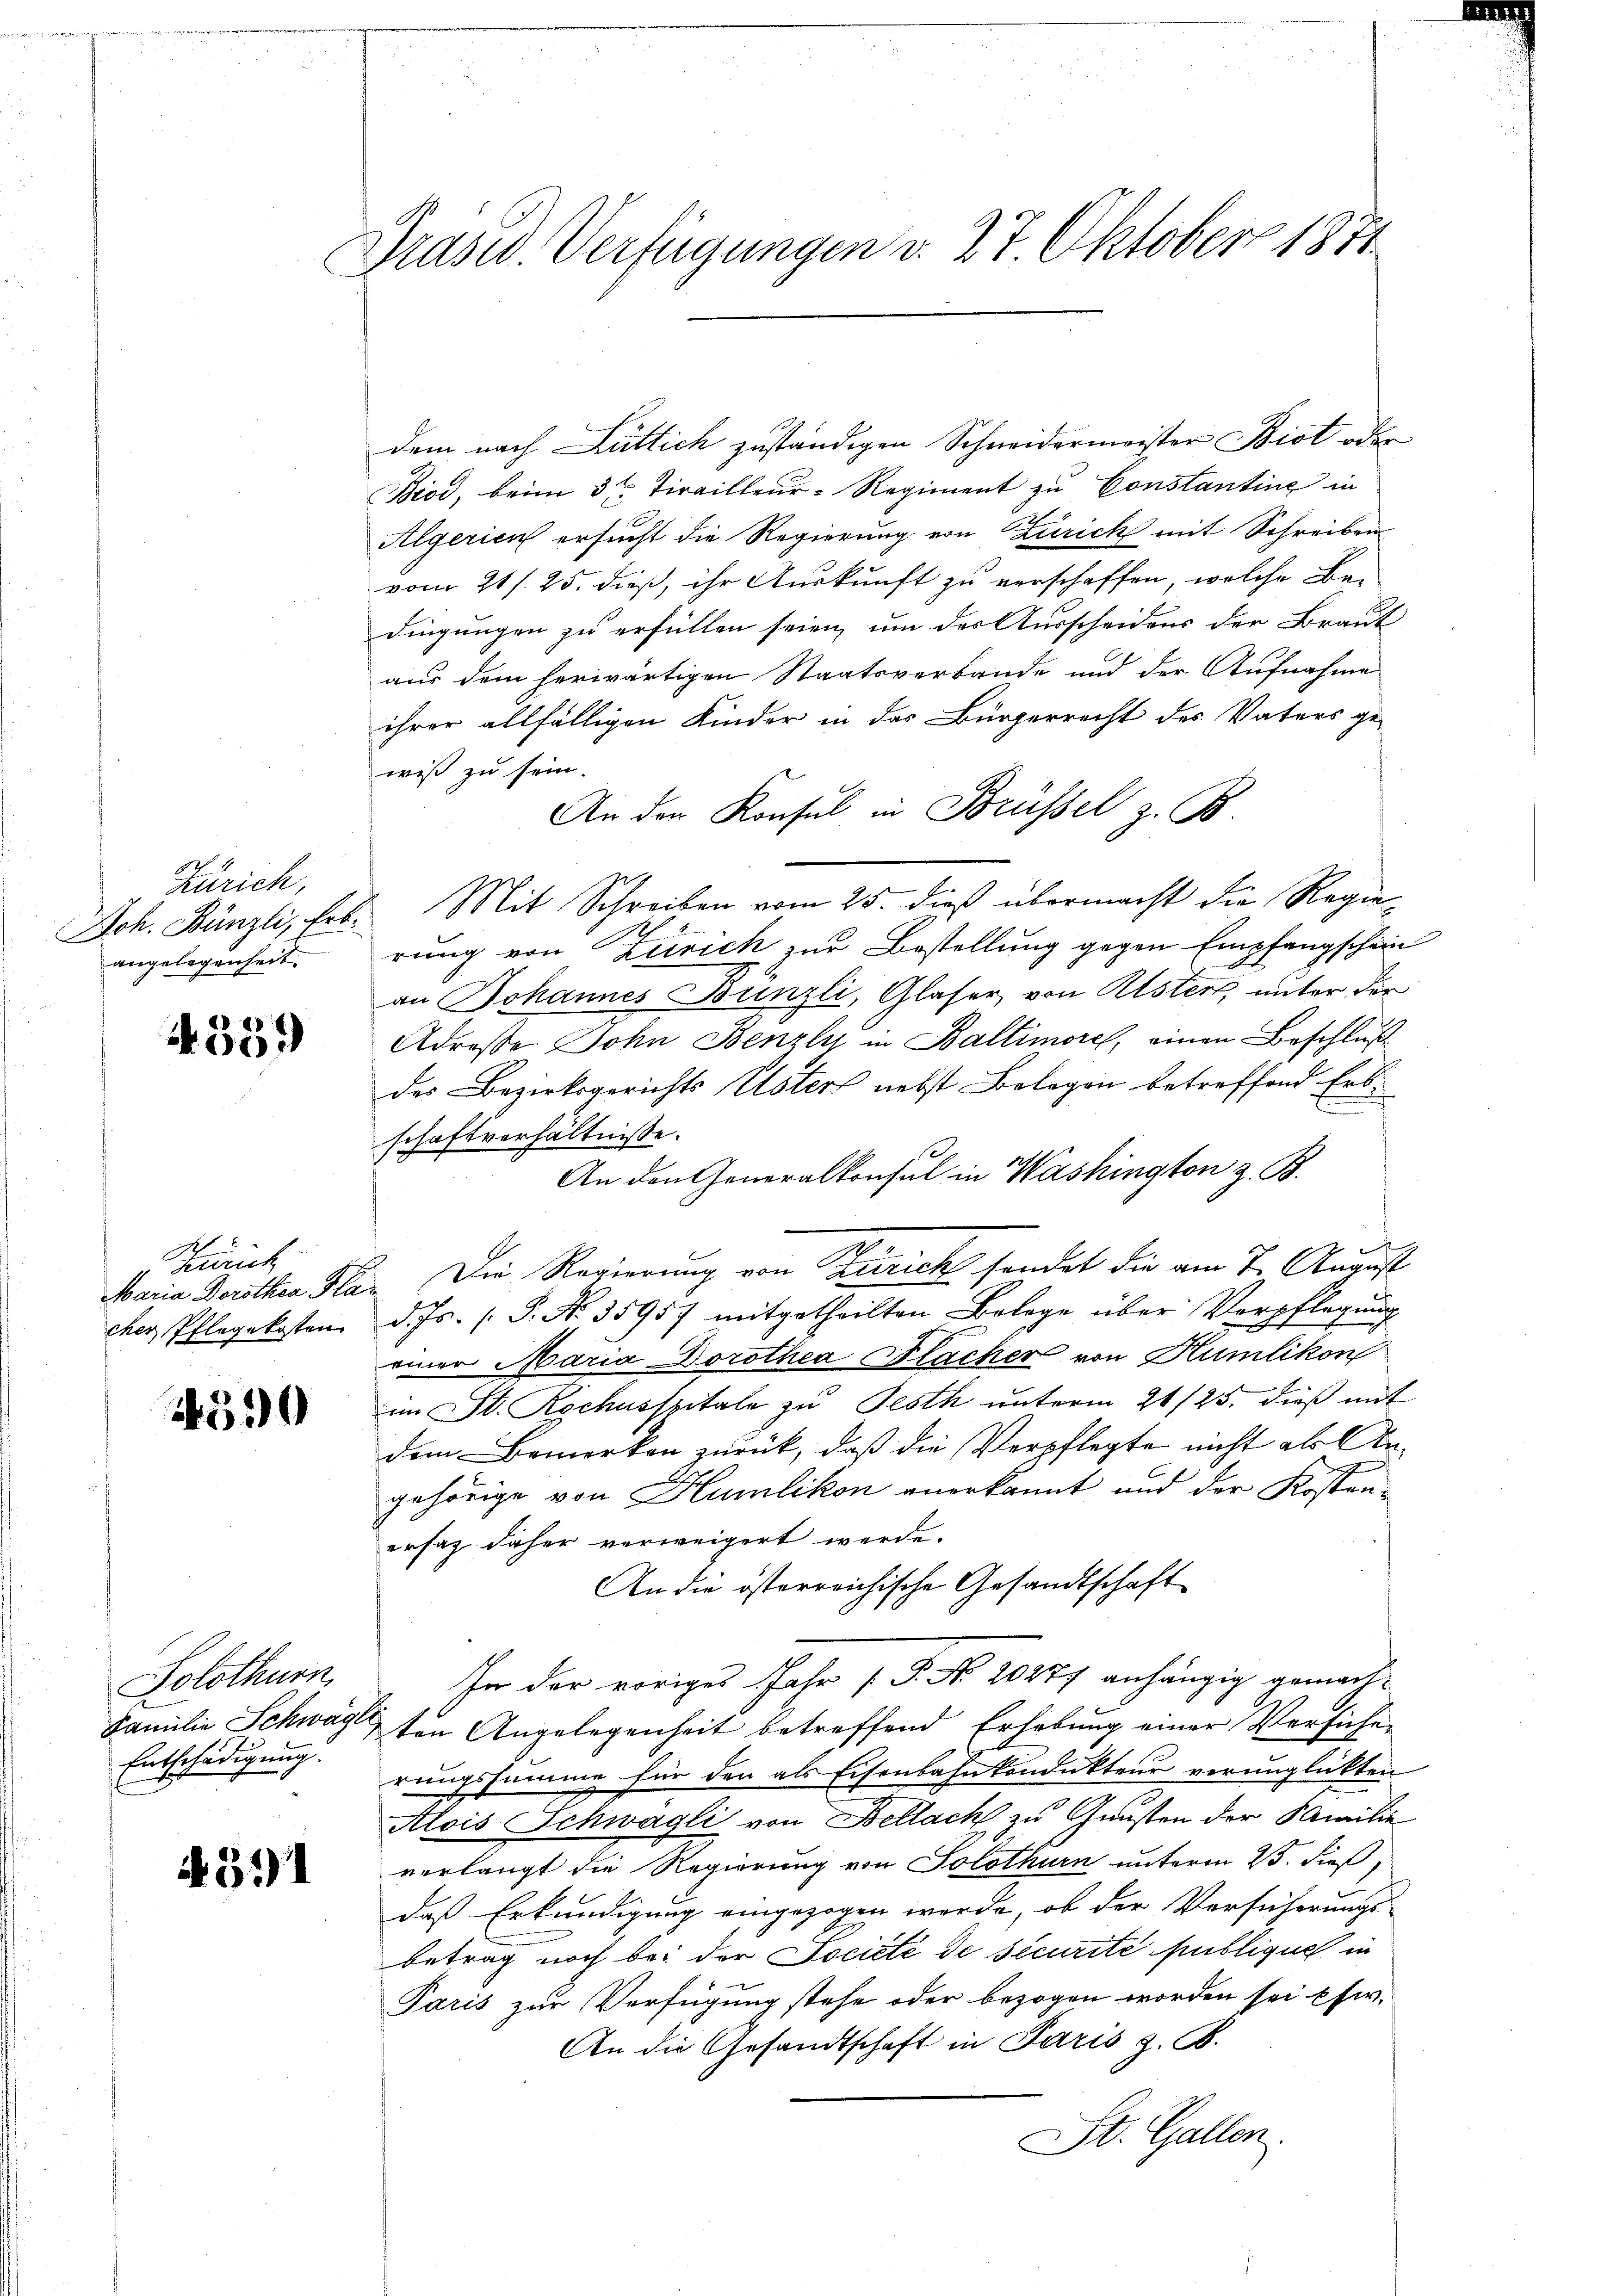
Zürich,
angelegenheit.

4559)

E
Zürich
cher Pflegekosten

4590

Solothurn
Entschädigung.

4511

Prasid. Verfügungen v. 27 Oktober 1871

dem nach Lüttich zuständigen Schneidermeister Bist oder
Biod, beim 3te Tirailleur-Regiment zu Constantine in
Algerien ersucht die Regierung von Zürich mit Schreiben
vom 21. 25. dieß, ihr Auskunft zu verschaffen, welche Bedingungen zu erfüllen seien, um des Ausscheidens der Braut
aus dem herwärtigen Staatsverbande und der Aufnahme
ihrer allfälligen Kinder in das Bürgerrecht des Vaters ge-
wiß zu sein.
An der Konsul in Brüssel z. B.
Joh. Bünzli, Erb. Mit Schreiben vom 25. dieß übermacht die Regierung von Zürich zur Bestellung gegen Empfangschein
an Johannes Bünzli, Glaser von Alster, unter der
Adrosse Dohn Benzly in Baltimorel, einen Beschluß
des Bezirksgerichts Usters nebst Belegen betreffend Erbschaftverhältnisse.
An den Generalkonsul in Washington z. B.
i
Maria Dorothen Klar. Die Regierung von Zürich sondert die am 7. August
d. Js. (T. No. 35957 mitgetheilten Belege über Verpflegŭng
einer Maria Dorothea Flächer von Humlikon
im St. Rochusspitale zu Festh unterm 26/25. dieß mit
dem Bemerken zurück, daß die Verpflegte nicht als Angehörige von Humlikon anerkannt und der Kostenersaz daher verweigert werde.
An die österreichische Gesandtschaft
In der voriges Jahr P. Nr. 20277 anhängig gemach¬
Familie Schwage den Angelegenheit betreffend Erhebung einer Versicherungssumme für den als Eisenbahnkondukteur verunglickten
Alois Schwägli von Bellach zu Gunsten der Familie
verlangt die Regierung von Solothurn unterm 25. dieß,
daß Erkundigung eingezogen werde, ob der Versicherungs-
betrag noch bei der Société de securite publique in
Paris zur Verfügung stehe oder bezogen worden sei pfw.
An die Gesandtschaft in Paris z. B.
St. Gallen.